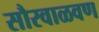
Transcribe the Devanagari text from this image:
सौरवाळवण